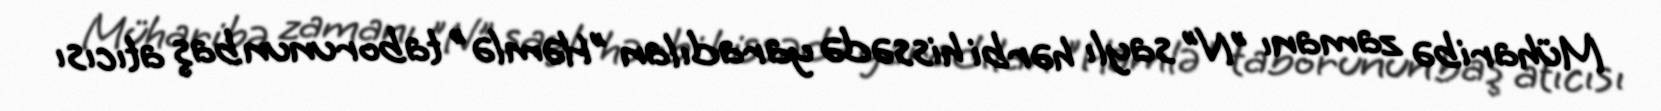
Müharibə zamanı "N" saylı hərbi hissədə yaradılan "Həmlə" taborunun baş atıcısı